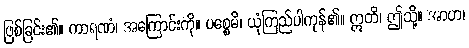
ဖြစ်ခြင်း၏။ ကာရဏံ၊ အကြောင်းကို။ ပစ္စေမိ၊ ယုံကြည်ပါကုန်၏။ ဣတိ၊ ဤသို့။ အာဟ၊